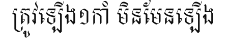
ត្រូវឡើង១កាំ មិនមែនឡើង